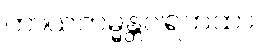
ကာယကမ္မန္တဝါရကထာ